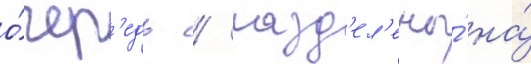
о́чер'едь / разд'ел'ены́ на́